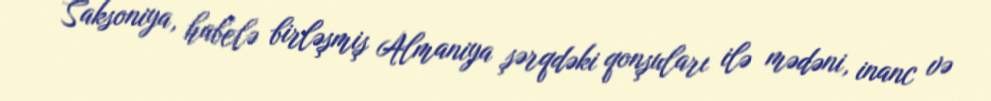
Saksoniya, habelə birləşmiş Almaniya şərqdəki qonşuları ilə mədəni, inanc və